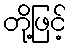
တို့ဖြင့်